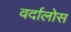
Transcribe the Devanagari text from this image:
वर्दालोस